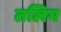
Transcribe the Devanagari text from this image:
तलिम